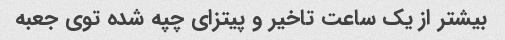
بیشتر از یک ساعت تاخیر و پیتزای چپه شده توی جعبه